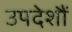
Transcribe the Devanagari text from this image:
उपदेशौं